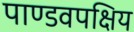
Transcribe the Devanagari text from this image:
पाण्डवपक्षिय